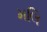
મલિ